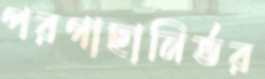
পরগাছানির্ভর